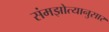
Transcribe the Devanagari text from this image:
संमझोत्यानुसार